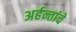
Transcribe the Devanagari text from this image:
अर्हन्तांचे